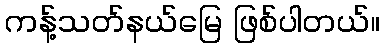
ကန့်သတ်နယ်မြေ ဖြစ်ပါတယ်။